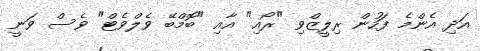
އަދި އެެންމެ ފަހުން ރިލީޒްވި "ރޯއި" އާއި "ބޮމްބޭ ވެލްވެޓް" ވެސް ވަނީ